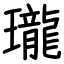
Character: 瓏